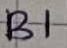
Text: B1